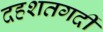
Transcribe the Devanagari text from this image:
दहशतगर्दी